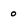
Character: o